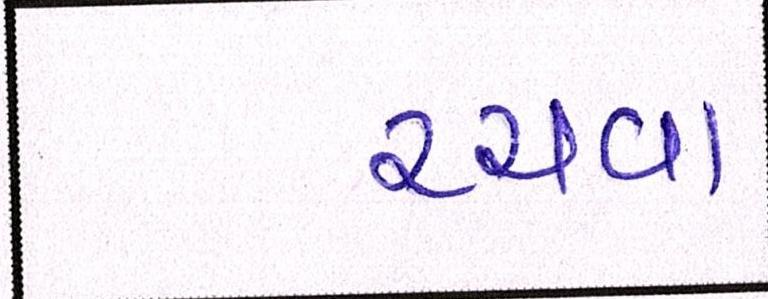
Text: રચવા